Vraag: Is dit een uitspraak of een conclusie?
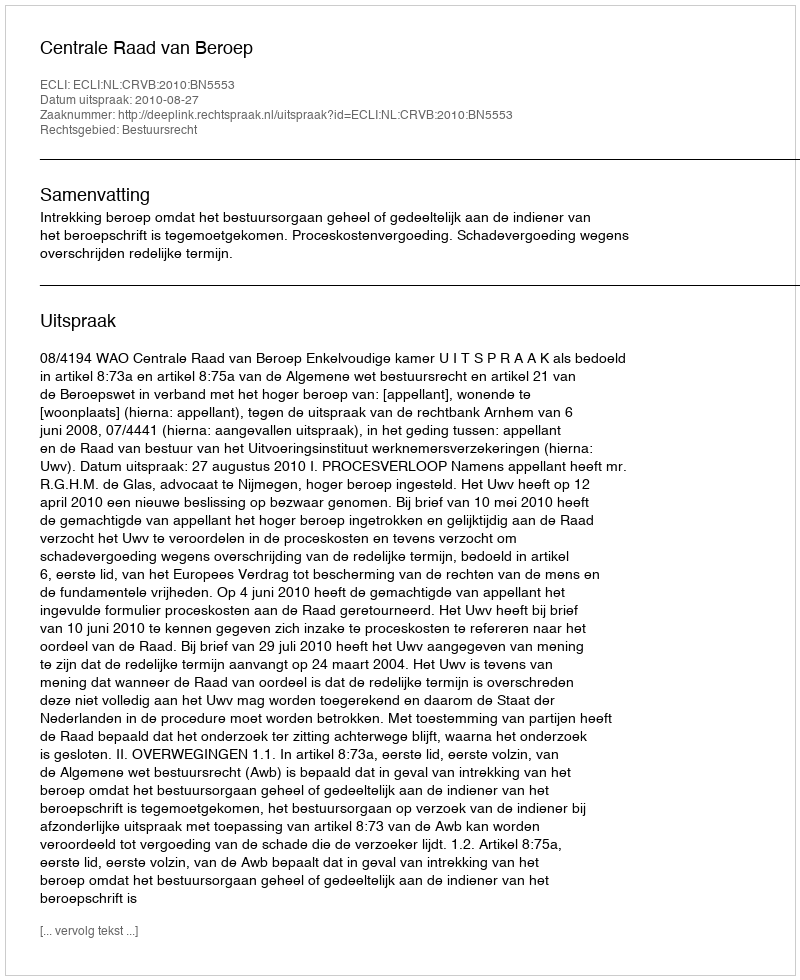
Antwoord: Uitspraak